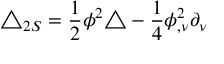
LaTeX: \triangle _ { 2 S } = \frac { 1 } { 2 } \phi ^ { 2 } \triangle - \frac { 1 } { 4 } \phi _ { , \nu } ^ { 2 } \partial _ { \nu }